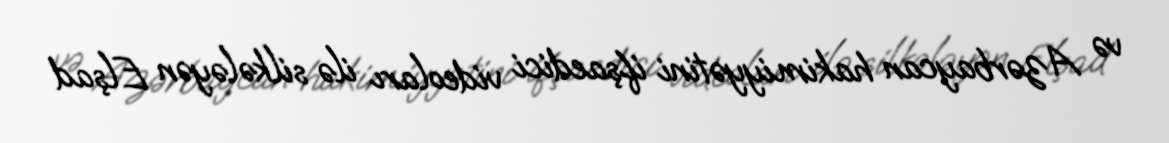
və Azərbaycan hakimiyyətini ifşaedici videoları ilə silkələyən Elşad